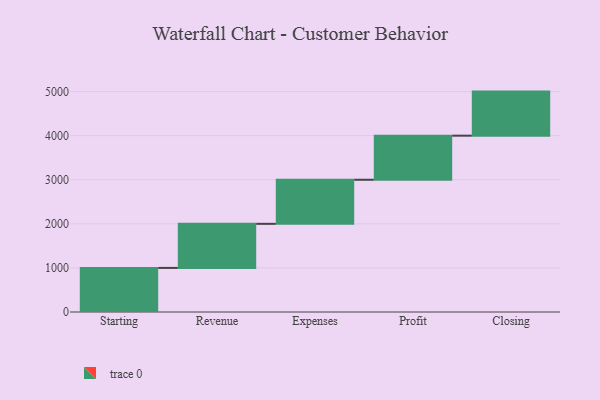
{"axis": {"x": "Step", "y": "Value"}, "legend": [""], "data": [{"x": "Starting", "y": 1000, "type": ""}, {"x": "Revenue", "y": 1000, "type": ""}, {"x": "Expenses", "y": 1000, "type": ""}, {"x": "Profit", "y": 1000, "type": ""}, {"x": "Closing", "y": 1000, "type": ""}]}